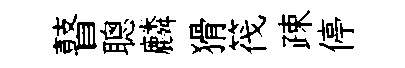
瞽聰麟猾筏疎停